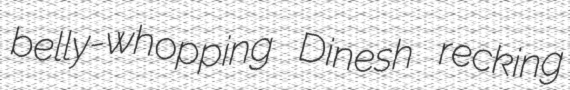
belly-whopping Dinesh recking